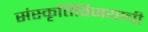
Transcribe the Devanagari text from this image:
संस्कृतिविजयाची